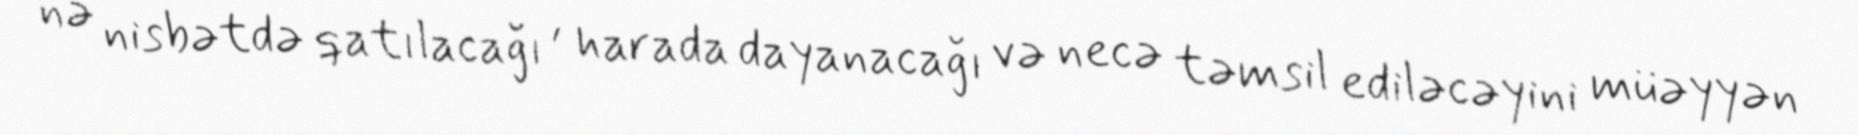
nə nisbətdə qatılacağı , harada dayanacağı və necə təmsil ediləcəyini müəyyən